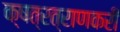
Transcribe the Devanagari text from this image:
क्षत्रत्राणकरी